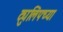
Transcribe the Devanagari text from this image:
ट्युलिपच्या